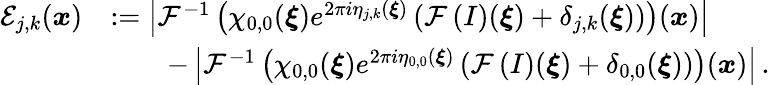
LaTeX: \begin{array}{rl}{\mathcal{E}_{j,k}(\boldsymbol{x})}&{:=\left\vert\mathcal{F}^{-1}\left(\chi_{0,0}(\boldsymbol{\xi})e^{2\pi i\eta_{j,k}(\boldsymbol{\xi})}\left(\mathcal{F}\left(I\right)(\boldsymbol{\xi})+\delta_{j,k}(\boldsymbol{\xi})\right)\right)(\boldsymbol{x})\right\vert}\\ &{\qquad-\left\vert\mathcal{F}^{-1}\left(\chi_{0,0}(\boldsymbol{\xi})e^{2\pi i\eta_{0,0}(\boldsymbol{\xi})}\left(\mathcal{F}\left(I\right)(\boldsymbol{\xi})+\delta_{0,0}(\boldsymbol{\xi})\right)\right)(\boldsymbol{x})\right\vert\, .}\end{array}